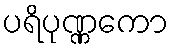
ပရိပုဏ္ဏကော